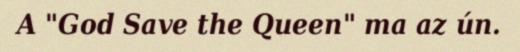
A "God Save the Queen" ma az ún.